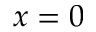
x = 0